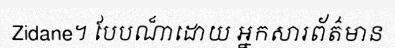
Zidane។ បែបណា៏ដោយ អ្នកសារព័ត៌មាន